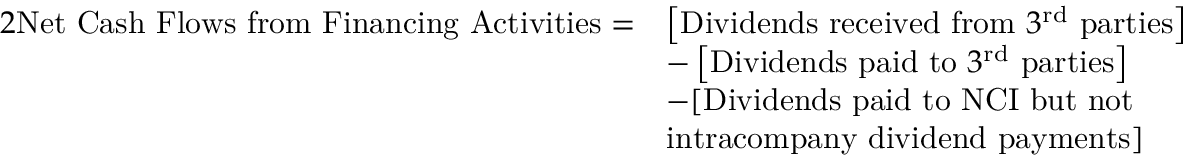
{ \begin{array} { r l } { { 2 } { \mathrm { N e t ~ C a s h ~ F l o w s ~ f r o m ~ F i n a n c i n g ~ A c t i v i t i e s } } = } & { \left[ { \mathrm { D i v i d e n d s ~ r e c e i v e d ~ f r o m ~ } } 3 ^ { \mathrm { { r d } } } { \mathrm { ~ p a r t i e s } } \right] } \\ & { - \left[ { \mathrm { D i v i d e n d s ~ p a i d ~ t o ~ } } 3 ^ { \mathrm { { r d } } } { \mathrm { ~ p a r t i e s } } \right] } \\ & { - [ { \mathrm { D i v i d e n d s ~ p a i d ~ t o ~ N C I ~ b u t ~ n o t } } } \\ & { { \mathrm { i n t r a c o m p a n y ~ d i v i d e n d ~ p a y m e n t s } } ] } \end{array} }